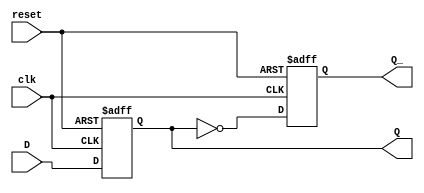
module d_flipflop (
    input clk,
    input reset,
    input D,
    output reg Q,
    output reg Q_
);

always @(posedge clk or posedge reset) begin
    if (reset) begin
        Q <= 1'b0;
        Q_ <= 1'b1;
    end else begin
        Q <= D;
        Q_ <= ~Q;
    end
end

endmodule